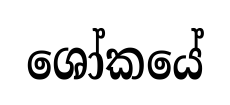
ශෝකයේ